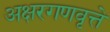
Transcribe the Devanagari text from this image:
अक्षरगणवृत्ते